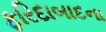
ફરિદાબાદના